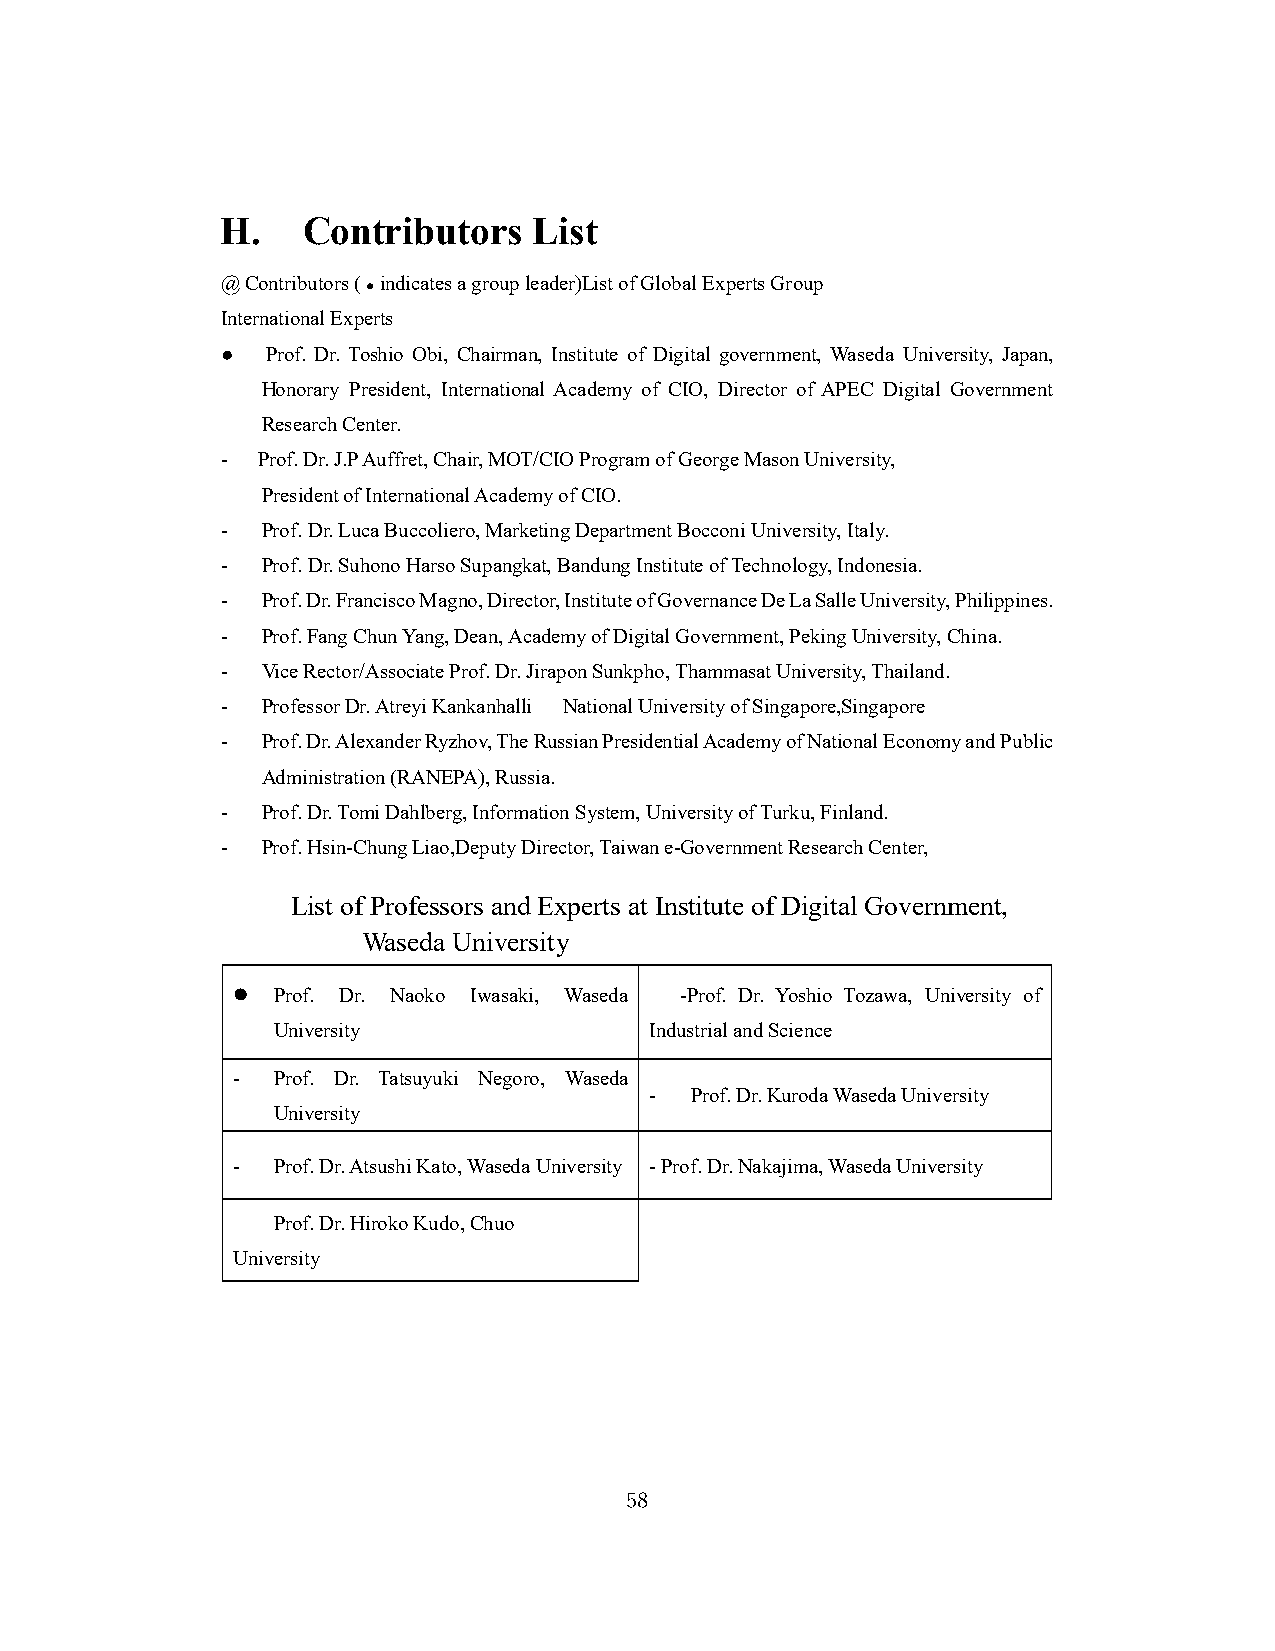
H.   Contributors   List
 @ Contributors ( ● indicates a group leader)List of Global Experts Group
 International Experts
 ●  Prof. Dr. Toshio Obi, Chairman, Institute of Digital government, Waseda University, Japan,
 Honorary President, International Academy of CIO, Director of APEC Digital Government
 Research Center.
 - Prof. Dr. J.P Auffret, Chair, MOT/CIO Program of George Mason University,
 President of International Academy of CIO.
 - Prof. Dr. Luca Buccoliero, Marketing Department Bocconi University, Italy.
 - Prof. Dr. Suhono Harso Supangkat, Bandung Institute of Technology, Indonesia.
 - Prof. Dr. Francisco Magno, Director, Institute of Governance De La Salle University, Philippines.
 - Prof. Fang Chun Yang, Dean, Academy of Digital Government, Peking University, China.
 - Vice Rector/Associate Prof. Dr. Jirapon Sunkpho, Thammasat University, Thailand.
 - Professor Dr. Atreyi Kankanhalli National University of Singapore,Singapore
 - Prof. Dr. Alexander Ryzhov, The Russian Presidential Academy of National Economy and Public
 Administration (RANEPA), Russia.
 - Prof. Dr. Tomi Dahlberg, Information System, University of Turku, Finland.
 - Prof. Hsin-Chung Liao,Deputy Director, Taiwan e-Government Research Center,
 List of Professors and Experts at Institute of Digital Government,
 Waseda University
   Prof. Dr. Naoko Iwasaki, Waseda -Prof. Dr. Yoshio Tozawa, University of
 University               Industrial and Science
 -  Prof. Dr. Tatsuyuki Negoro, Waseda
 -  Prof. Dr. Kuroda Waseda University
 University
 -  Prof. Dr. Atsushi Kato, Waseda University - Prof. Dr. Nakajima, Waseda University
 Prof. Dr. Hiroko Kudo, Chuo
 University
 58